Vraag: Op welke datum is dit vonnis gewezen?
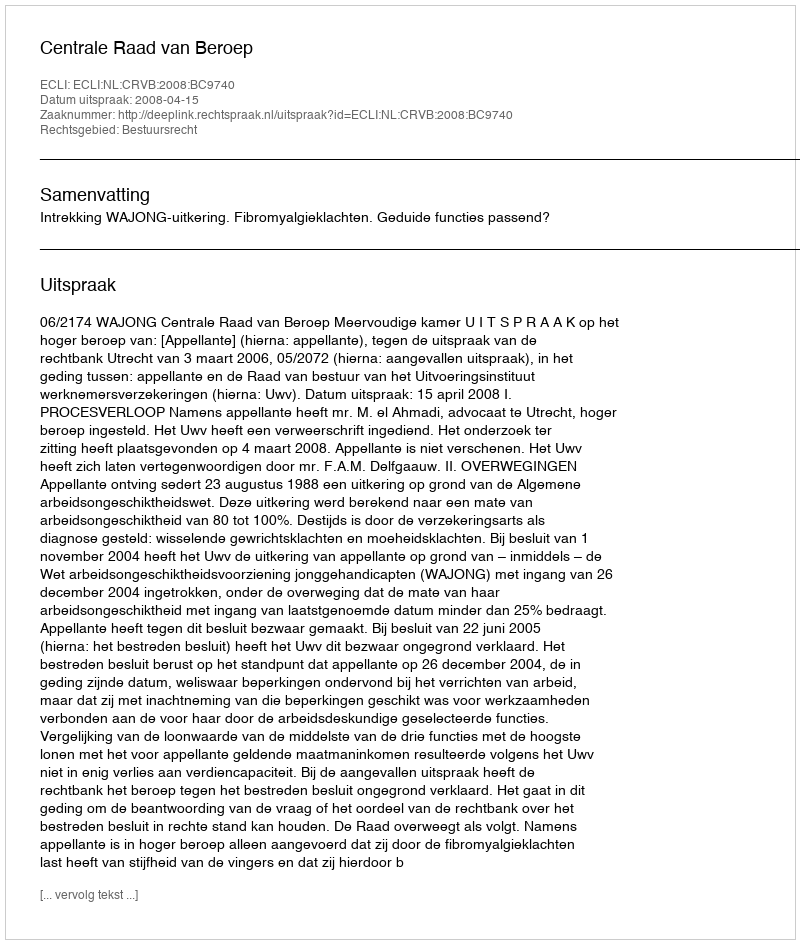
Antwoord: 2008-04-15